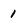
Character: 1